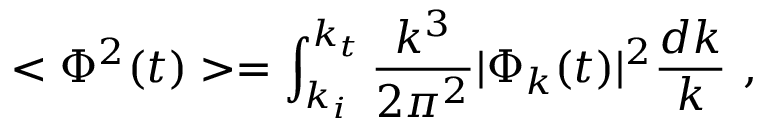
< \Phi ^ { 2 } ( t ) > = \int _ { k _ { i } } ^ { k _ { t } } \frac { k ^ { 3 } } { 2 \pi ^ { 2 } } | \Phi _ { k } ( t ) | ^ { 2 } \frac { d k } { k } ~ ,